On the standardisation of anti-typhoid vaccine - Number 21
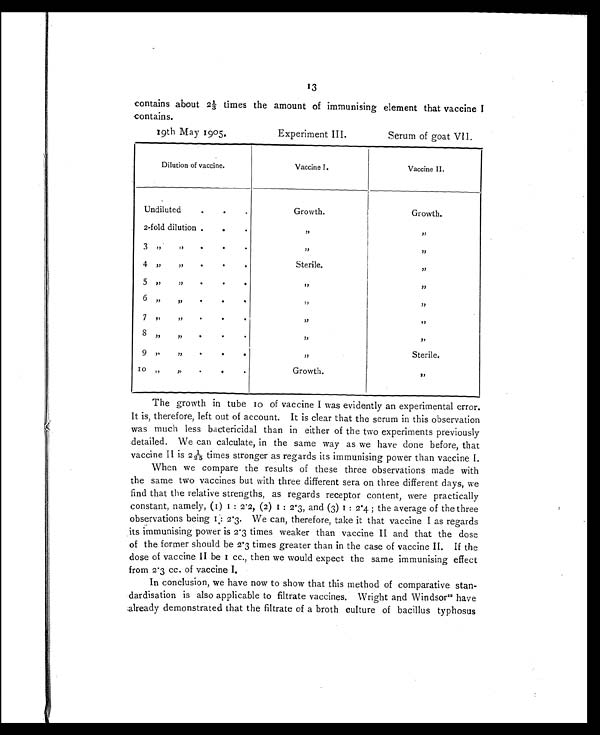
13
contains about 2A1/3 times the amount of immunising element that vaccine I
contains.
19th May 1905. Experiment III. Serum of goat VII.
Dilution of vaccine.
Vaccine I.
Vaccine II.
Undiluted.
.
.
Growth.
Growth.
2-fold dilution .
•
, ,
, ,
,,
.
.
3 ,,.
, ,
, ,
4 ,, ,,
.
.
.
Sterile.
5 . . .
.
, ,
, ,
6 „
,, .
.
.
, ,
, ,
7 ,,
.
,,
, ,
8 ,,
,, ,
.
.
, ,
, ,
9 ,,
.
.
, ,
, ,
Sterile.
1 0
„ .
.
Growth.
, ,
The growth in tube 10 of vaccine I was evidently an experimental error.
It is, therefore, left out of account. It is clear that the serum in this observation
was much less bactericidal than in either of the two experiments previously
detailed. We can calculate, in the same way as we have done before, that
vaccine II is 2 1/25 times stronger as regards its immunising power than vaccineI .
When we compare the results of these three observations made with
the same two vaccines but with three different sera on three different days, we
find that the relative strengths, as regards receptor content, were practically
constant, namely, (1) 1: 2.2, (2) 1: 2.3, and (3) 1: 2.4; the average of the three
observations being 1:2.3W e c a n , t h e r e f o r e , t a k e i t t h a t v a c c i n eI
a s r e g a r d s
its immunising power is 2.3 times weaker than vaccine II and that the dose
of the former should be 2.3 times greater than in the case of vaccine II. If the
dose of vaccine II be I cc., then we would expect the same immunising effect
from 2 . 3 cc. of vaccine I.
In conclusion, we have now to show that this method of comparative stan
-dardisation is also applicable to filtrate vaccines. Wright and Windsor12 have
already demonstrated that the filtrate of a broth culture of bacillus typhosus